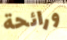
ورائحة